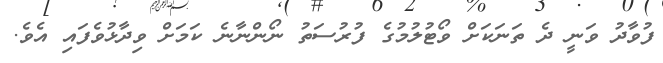
ފުވާދު ވަނީ ދެ ތަނަކަށް ވޯޓުލުމުގެ ފުރުސަތު ނޯންނާނެ ކަމަށް ވިދާޅުވެފައި އެވެ.